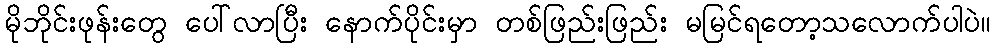
မိုဘိုင်းဖုန်းတွေ ပေါ်လာပြီး နောက်ပိုင်းမှာ တစ်ဖြည်းဖြည်း မမြင်ရတော့သလောက်ပါပဲ။